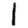
Digit: 1